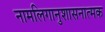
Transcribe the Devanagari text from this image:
नामलिगानुशासनात्मक